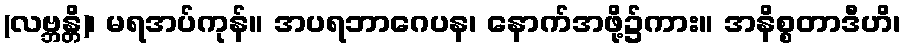
(လဗ္ဘန္တိ)၊ မရအပ်ကုန်။ အပရဘာဂေပန၊ နောက်အဖို့၌ကား။ အနိစ္စတာဒီဟိ၊